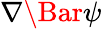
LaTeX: \nabla\Bar{\psi}